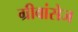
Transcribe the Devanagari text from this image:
ग्रीवांसेज